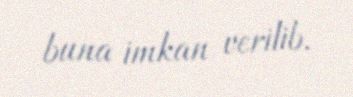
buna imkan verilib.